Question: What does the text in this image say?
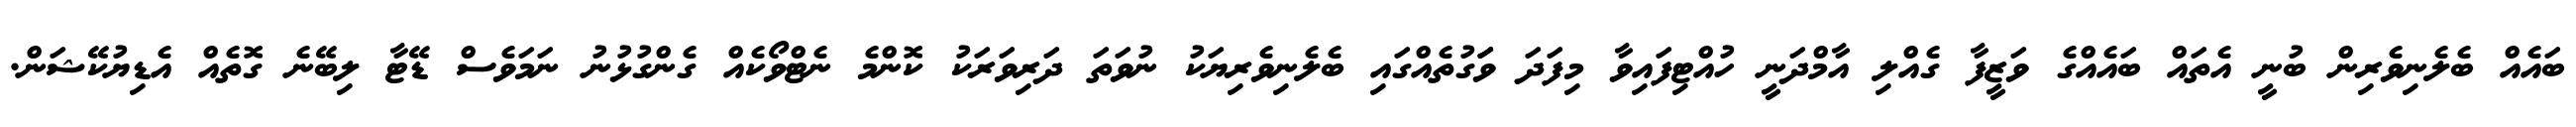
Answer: ބައެއް ބެލެނިވެރިން ބުނީ އެތައް ބައެއްގެ ވަޒީފާ ގެއްލި އާމްދަނީ ހުއްޓިފައިވާ މިފަދަ ވަަގުތެއްގައި ބެލެނިވެރިޔަކު ނުވަތަ ދަރިވަރަކު ކޮންމެ ނެޓްވޯކެއް ގެންގުޅުނު ނަމަވެސް ޑޭޓާ ލިބޭނެ ގޮތެއް އެޑިޔުކޭޝަން.